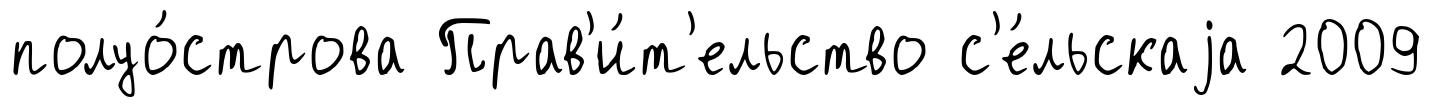
полуо́строва Прав'и́т'ельство с'е́льскаjа 2009